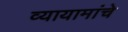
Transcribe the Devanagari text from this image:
व्यायामांचे